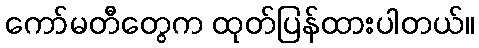
ကော်မတီတွေက ထုတ်ပြန်ထားပါတယ်။